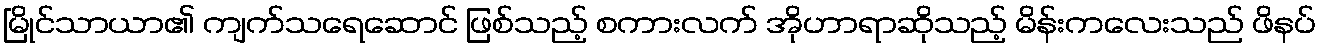
မြိုင်သာယာ၏ ကျက်သရေဆောင် ဖြစ်သည့် စကားလက် အိုဟာရာဆိုသည့် မိန်းကလေးသည် ဖိနပ်